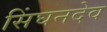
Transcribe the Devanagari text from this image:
सिंघनदेव